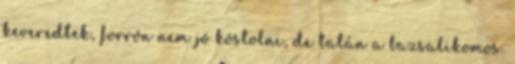
keveredtek, forrón nem jó kóstolni, de talán a bazsalikomos.